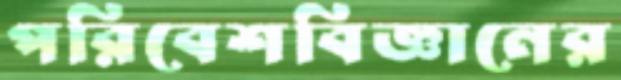
পরিবেশবিজ্ঞানের